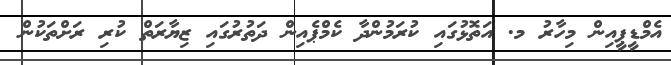
އެމްޑީޕީއިން މިހާރު މ. އަތޮޅުގައި ކުރަމުންދާ ކެމްޕެއިން ދަތުރުގައި ޒިޔާރަތް ކުރި ރަށްތަކުން